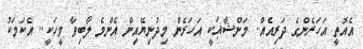
އެއޮތީ އަހަރެންގެ ދަރިއެއް.. މަންޝާއަކީ އަހަރެން މިދުނިޔޭއިން އެންމެ ލޯބިވާ މީހަކީ.. އެކަމަކު